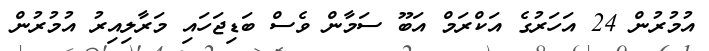
އުމުރުން 24 އަހަރުގެ އަކްރަމް އަބޫ ސަމާން ވެސް ބަޑިޖަހައި މަރާލިއިރު އުމުރުން